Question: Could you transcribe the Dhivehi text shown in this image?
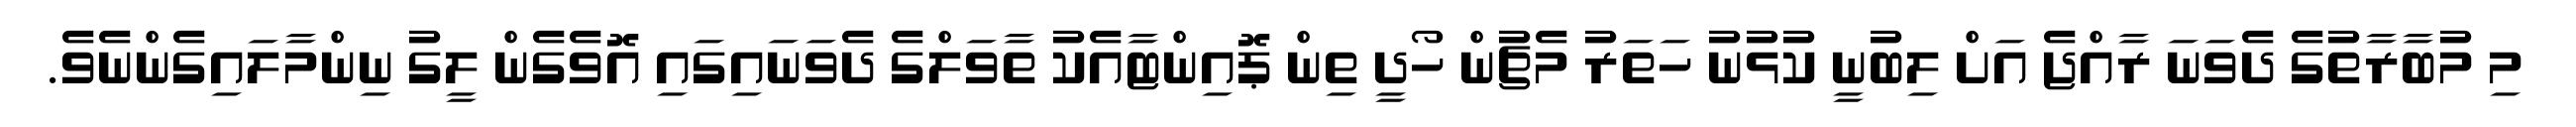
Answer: މި މުބާރާތުގެ ދެވަނަ ރާއްޖެ އަށް ލިބުނީ ކުޅުނު ހަތަރު މެޗުން ހޯދީ ތިން ޕޮއިންޓާއެކު ތާވަލްގެ ދެވަނައިގައި އޮވެގެން ލީގު ނިންމާލައިގެންނެވެ.